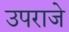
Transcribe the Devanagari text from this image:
उपराजे